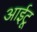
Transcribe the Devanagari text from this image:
आईटू